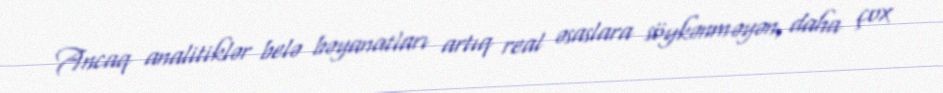
Ancaq analitiklər belə bəyanatları artıq real əsaslara söykənməyən, daha çox